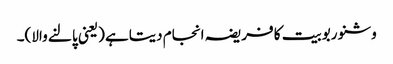
وشنو ربوبیت کا فریضہ انجام دیتاہے (یعنی پالنے والا)۔